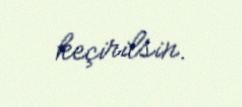
keçirilsin.